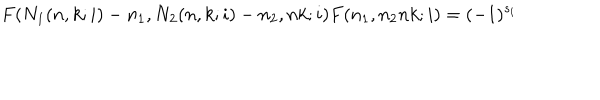
F ( N _ { 1 } ( n , k ; i ) - n _ { 1 } , N _ { 2 } ( n , k ; i ) - n _ { 2 } , n k ; i ) F ( n _ { 1 } , n _ { 2 } n k ; i ) = ( - 1 ) ^ { s _ { i } }